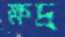
ক্ষদ্র